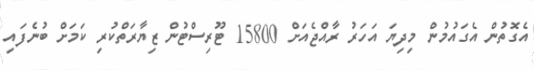
އެގޮތުން އެގައުމުން މިދިޔަ އަހަރު ރާއްޖެއަށް 15800 ޓޫރިސްޓުން ޒިޔާރަތްކުރި ކަމަށް ބުނެފައި